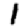
Digit: 1